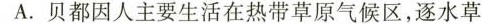
A. 贝都因人主要生活在热带草原气候区，逐水草